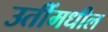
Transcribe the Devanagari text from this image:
उतींमधील